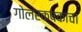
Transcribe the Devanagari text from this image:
गोलरक्षकाचा